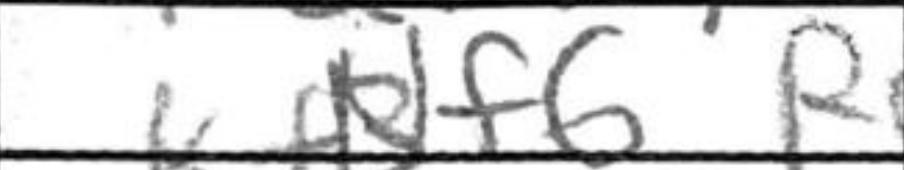
Transcription: Nf6